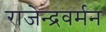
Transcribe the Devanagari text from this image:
राजेन्द्रवर्मन